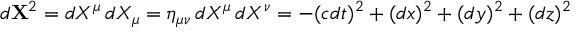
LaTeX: d \mathbf { X } ^ { 2 } = d X ^ { \mu } \, d X _ { \mu } = \eta _ { \mu \nu } \, d X ^ { \mu } \, d X ^ { \nu } = - ( c d t ) ^ { 2 } + ( d x ) ^ { 2 } + ( d y ) ^ { 2 } + ( d z ) ^ { 2 }